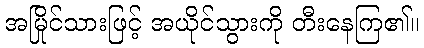
အမြိုင်သားဖြင့် အယိုင်သွားကို တီးနေကြ၏။